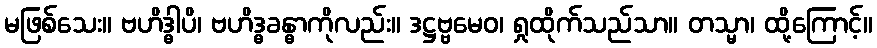
မဖြစ်သေး။ ဗဟိဒ္ဓါပိ၊ ဗဟိဒ္ဓခန္ဓာကိုလည်း။ ဒဋ္ဌဗ္ဗမေဝ၊ ရှုထိုက်သည်သာ။ တသ္မာ၊ ထို့ကြောင့်။